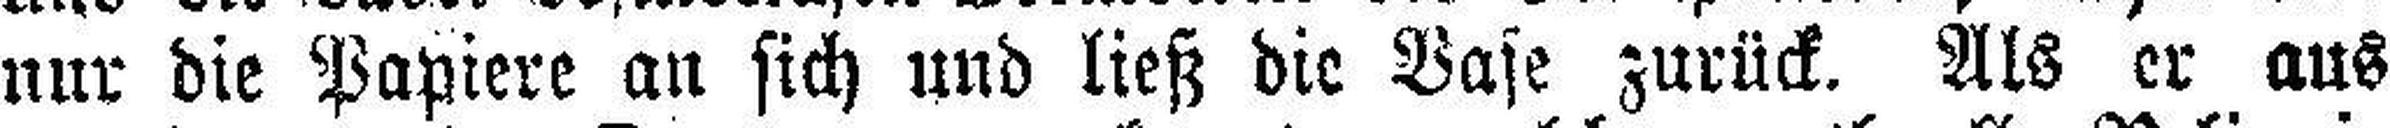
nur die Papiere an sich und ließ die Vase zurück. Als er aus